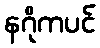
နဂိုကပင်